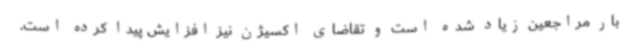
بار مراجعین زیاد شده است و تقاضای اکسیژن نیز افزایش پیدا کرده است.